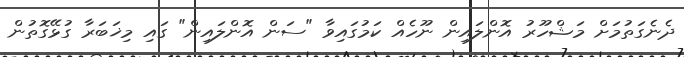
ދެނެގަތުމަށް މަޝްހޫރު އޮންލައިން ނޫހެއް ކަމުގައިވާ "ސަން އޮންލައިން" ގައި މިޚަބަރާ ގުޅޭގޮތުން